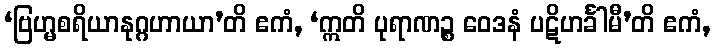
‘ဗြဟ္မစရိယာနုဂ္ဂဟာယာ’တိ ဧကံ, ‘ဣတိ ပုရာဏဉ္စ ဝေဒနံ ပဋိဟင်္ခါမီ’တိ ဧကံ,